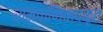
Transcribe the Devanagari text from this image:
रामपाणिवादकृत